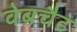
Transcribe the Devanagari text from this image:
वेबचैट